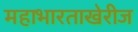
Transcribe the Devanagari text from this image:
महाभारताखेरीज